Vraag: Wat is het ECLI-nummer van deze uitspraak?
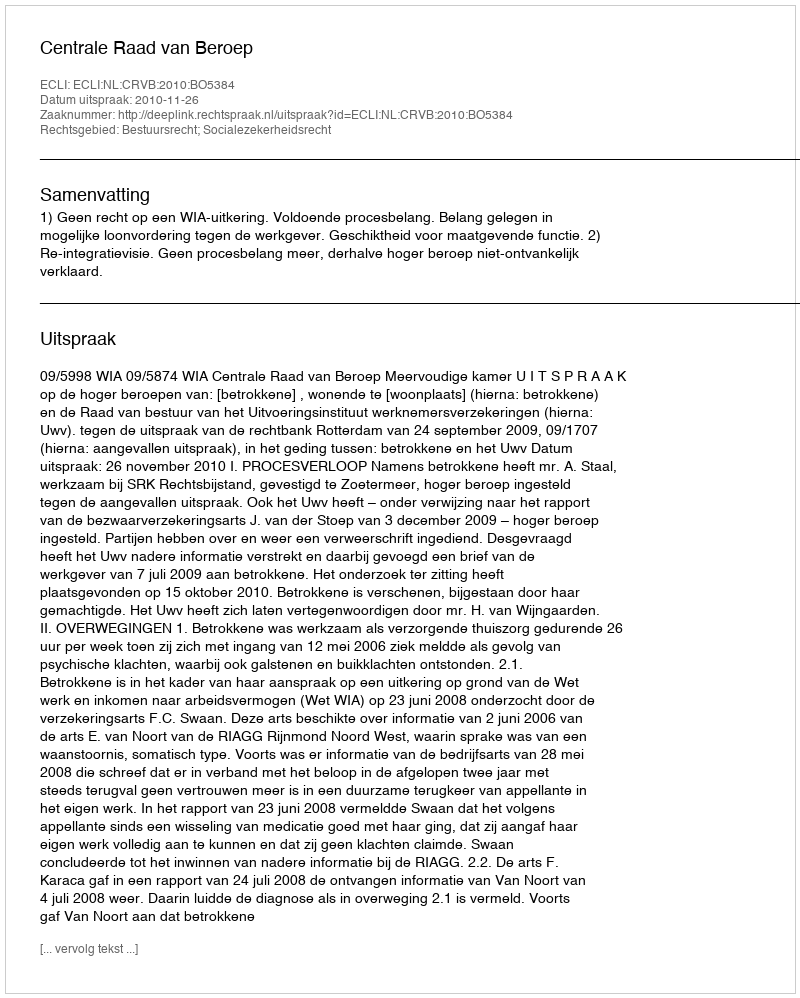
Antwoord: ECLI:NL:CRVB:2010:BO5384